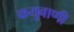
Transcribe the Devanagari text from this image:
कयुवाणी